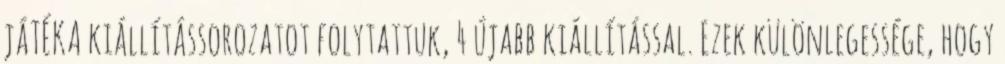
jáTÉKA kiállítássorozatot folytattuk, 4 újabb kiállítással. Ezek különlegessége, hogy